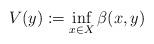
LaTeX: \begin{align*} V(y) := \inf_{x\in X} \beta (x,y)\end{align*}